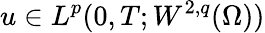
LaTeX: u\in L^{p}(0,T;W^{2,q}(\Omega))